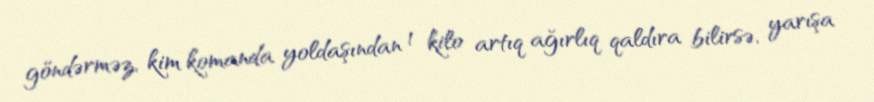
göndərməz, kim komanda yoldaşından 1 kilo artıq ağırlıq qaldıra bilirsə, yarışa